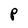
Character: P